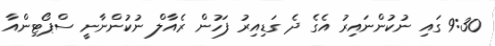
9:30 ގައި ނުކުންނައިރު އެގެ ދެ ގަޑިއިރު ފަހުން ރެއާލް ނުކުންނާނީ ސްޕޯޓިންއާ